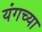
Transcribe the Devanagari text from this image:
यंगच्या